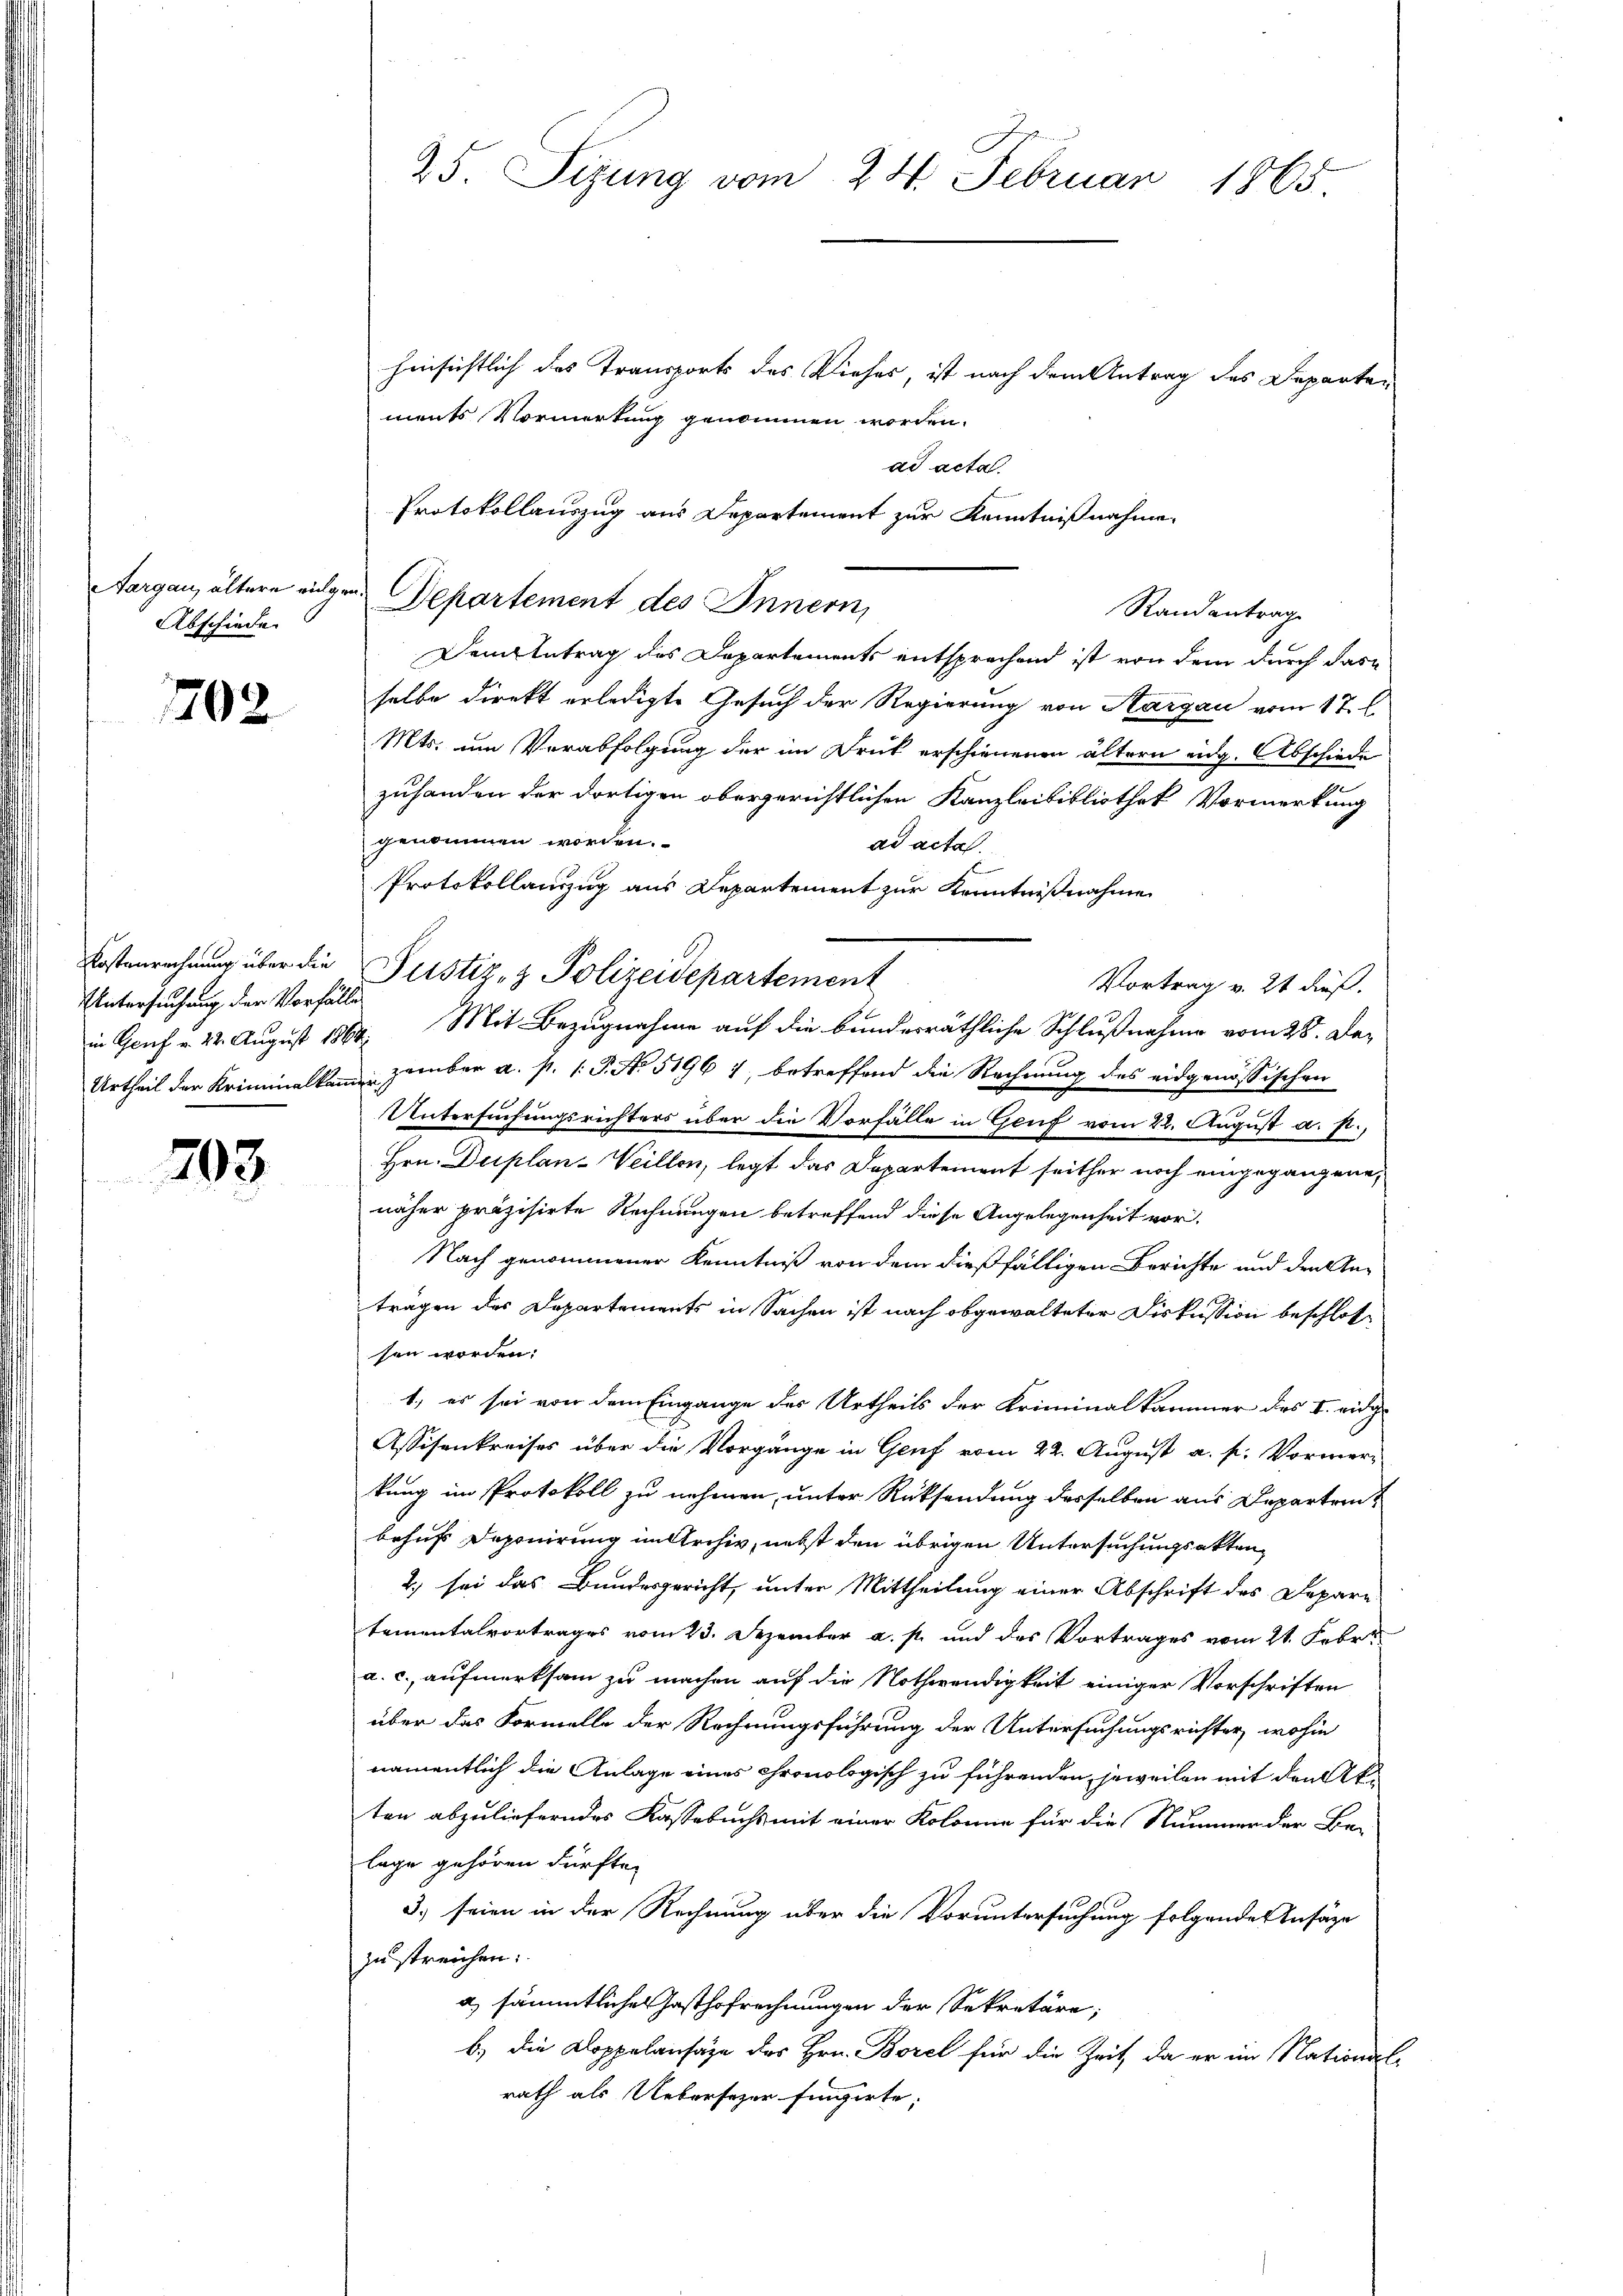
Abschiede

702

Kostenrechnung über die
Untersuchung der Vorfälle
Urtheil der Kriminalkamme

703

Aargau, ältere eigen Departement des Innern,

25. Sizung vom 24. Februar 1865.

hinsichtlich das Transports des Viehes, ist nach dem Antrag des Departements Vormerkung genommen worden.
ad acta.
Protokollauszug aus Departement zur Kenntnißnahme.
Demktetrag des Departements entsprechend ist von dem durch das
selbe direkt erledigte Gesuch der Regierung von Aargau vom 17. l.
Mts. um Verabfolgung der im Druk erschienenen ältern eidg. Abschiede
zuhanden der dortigen obergerichtlichen Kanzleibibliothek Vormerkung
genommen worden.
ad acta.
Protokollauszug aus Departement zur Kenntnißnahme
Vortrag v. 21 dieß.
in Genf v. 22. August 1864. Mit Bezugnahme auf die bundesräthliche Schlußnahme vom 28. Dezember a. p. 1. P. No 5196 7, betreffend die Rechnung des eidgenössischen
Untersuchungsrichters über die Vorfälle in Genf vom 22. August a. p.,
Hrn. Duplan-Weillen, legt das Departement seither noch eingegangene,
näher präzisirte Rechnungen betreffend diese Angelegenheit vor¬
Nach genommener Kenntniß von dem dießfälligen Berichte und den An-
trägen des Departements in Sachen ist nach obgewalteter Diskussion beschloße
sen worden:
1, es sei von dem Eingange des Urtheils der Kriminalkammer des I. eidg¬
Assisenkreises über die Vorgänge in Genf vom 22. August a. p. Vormer-
kung im Protokoll zu nehmen, unter Rücksendung desselben aus Departrent
behufs Deponirung im Archiv, nebst den übrigen Untersuchungsakten,
2.) sei das Bundesgericht, unter Mittheilung einer Abschrift des Depare
tementalvortrages vom 23. Dezember a. p. und des Vortrages vom 21. Febr.
a. c. aufmerksam zu machen auf die Nothwendigkeit einiger Vorschriften
über das Formelle der Rechnungsführung der Untersuchungsrichter, wohin
namentlich die Anlage eines chronologisch zu führenden jeweilen mit den Akten abzulieferndes Kassebuchs mit einer Kolonie für die Nummer der Be-
lage gehören dürfte.
3.) seien in der Rechnung über die Voruntersuchung folgendes Ansäze
zu streichen.
a) sämmtliches Gasthofrechnungen der Sekretäre,
b.) die Doppelansage des Hrn. Borel für die Zeit, da er im National-
rath als Uebersezer fingirte,

Justiz- & Polizeidepartement

Randantrag